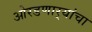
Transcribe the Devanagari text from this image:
ओरडणार्‍यांचा